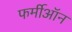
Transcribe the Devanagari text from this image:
फर्मीऑन